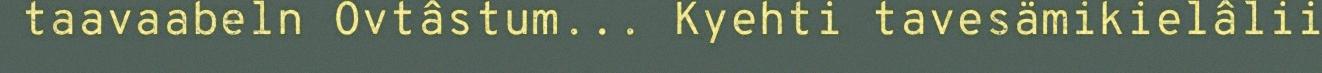
taavaabeln Ovtâstum... Kyehti tavesämikielâlii